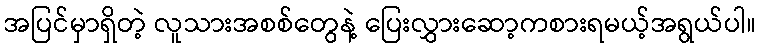
အပြင်မှာရှိတဲ့ လူသားအစစ်တွေနဲ့ ပြေးလွှားဆော့ကစားရမယ့်အရွယ်ပါ။